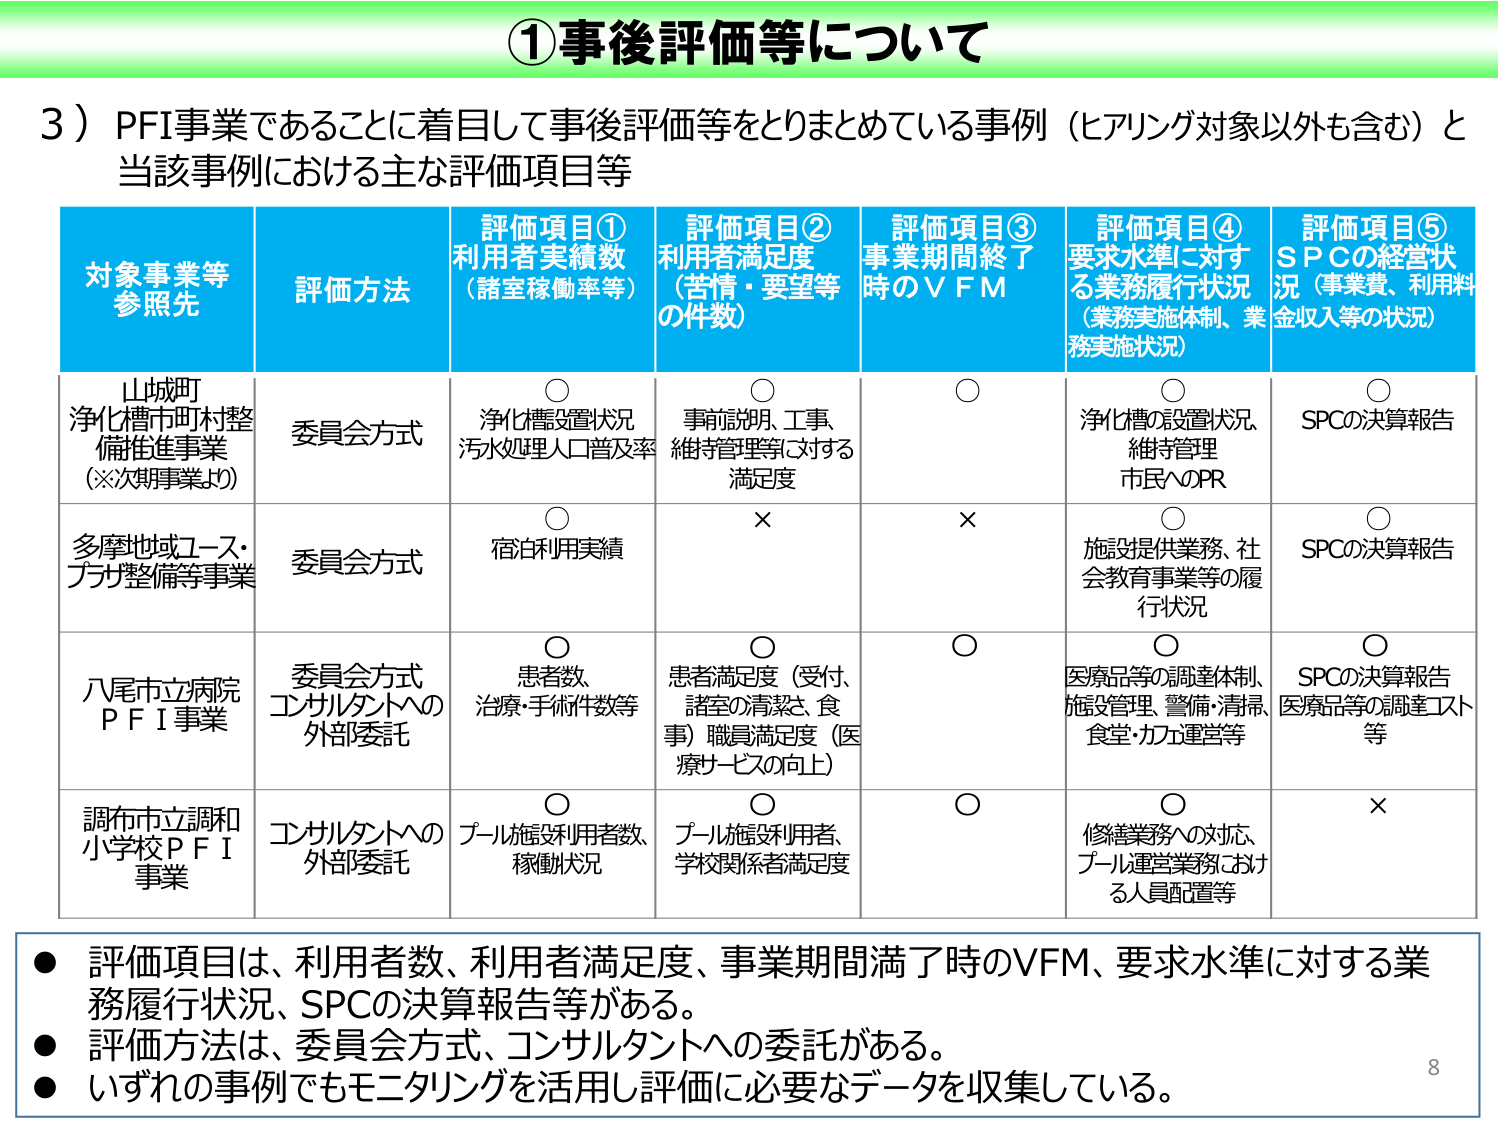
①事後評価等について

３）PFI事業であることに着目して事後評価等をとりまとめている事例（ヒアリング対象以外も含む）と当該事例における主な評価項目等

対象事業等
参照先	評価方法	評価項目①
利用者実績数
（諸室稼働率等）	評価項目②
利用者満足度
（苦情・要望等の件数）	評価項目③
事業期間終了時のVFM	評価項目④
要求水準に対する業務履行状況
（業務実施体制、業務実施状況）	評価項目⑤
SPCの経営状況（事業費、利用料金収入等の状況）

山城町
浄化槽市町村整備推進事業
（※次期事業より）	委員会方式	○
浄化槽設置状況
汚水処理人口普及率	○
事前説明、工事、
維持管理等に対する
満足度	○	○
浄化槽の設置状況、
維持管理
市民へのPR	○
SPCの決算報告

多摩地域ユース・プラザ整備等事業	委員会方式	○
宿泊利用実績	×	×	○
施設提供業務、社会教育事業等の履行状況	○
SPCの決算報告

八尾市立病院
PFI事業	委員会方式
コンサルタントへの
外部委託	○
患者数、
治療・手術件数等	○
患者満足度（受付、
諸室の清潔さ、食事）
職員満足度（医療サービスの向上）	○	○
医療品等の調達体制、
施設管理、警備・清掃、
食堂・カフェ運営等	○
SPCの決算報告
医療品等の調達コスト等

調布市立調和
小学校PFI
事業	コンサルタントへの
外部委託	○
プール施設利用者数、
稼働状況	○
プール施設利用者、
学校関係者満足度	○	○
修繕業務への対応、
プール運営業務における人員配置等	×

● 評価項目は、利用者数、利用者満足度、事業期間満了時のVFM、要求水準に対する業務履行状況、SPCの決算報告等がある。
● 評価方法は、委員会方式、コンサルタントへの委託がある。
● いずれの事例でもモニタリングを活用し評価に必要なデータを収集している。

8